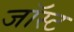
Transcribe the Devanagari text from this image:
जॉस्ट